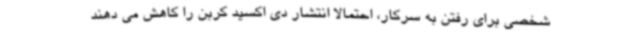
شخصی برای رفتن به سرکار، احتمالا انتشار دی اکسید کربن را کاهش می دهند